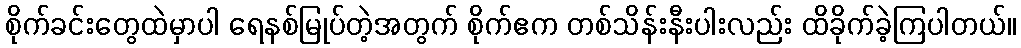
စိုက်ခင်းတွေထဲမှာပါ ရေနစ်မြုပ်တဲ့အတွက် စိုက်ဧက တစ်သိန်းနီးပါးလည်း ထိခိုက်ခဲ့ကြပါတယ်။